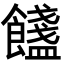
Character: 𩟏